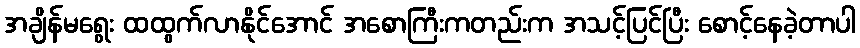
အချိန်မရွေး ထထွက်လာနိုင်အောင် အစောကြီးကတည်းက အသင့်ပြင်ပြီး စောင့်နေခဲ့တာပါ